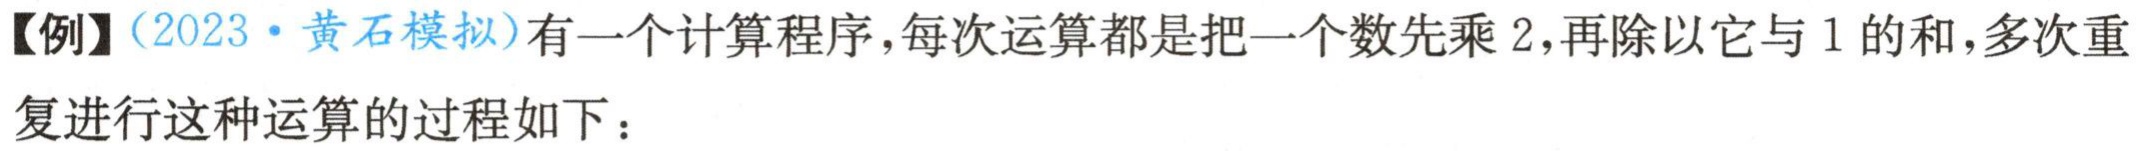
【例】（2023·黄石模拟）有一个计算程序，每次运算都是把一个数先乘 \(2\)，再除以它与 \(1\) 的和，多次重复进行这种运算的过程如下：